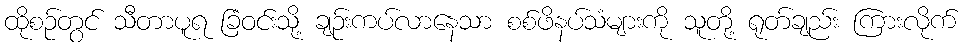
ထိုစဉ်တွင် သီတာပူရ ခြံဝင်းသို့ ချဉ်းကပ်လာနေသာ စစ်ဖိနပ်သံများကို သူတို့ ရုတ်ချည်း ကြားလိုက်